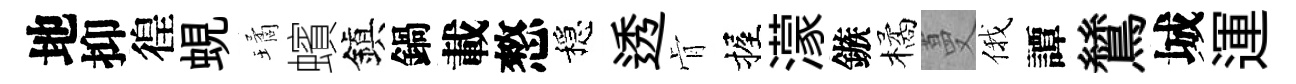
地抑徨蜆璚蠙鎭鍋載憗穩透肻握濛鏃橘蔓俄譚鷥城運